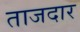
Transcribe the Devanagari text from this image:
ताजदार